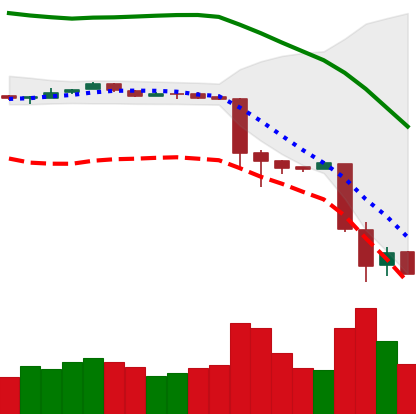
Ticker: BTC-USD
Chart end date: 2018-11-22
Forward return: -12.488%
Label: down_7plus